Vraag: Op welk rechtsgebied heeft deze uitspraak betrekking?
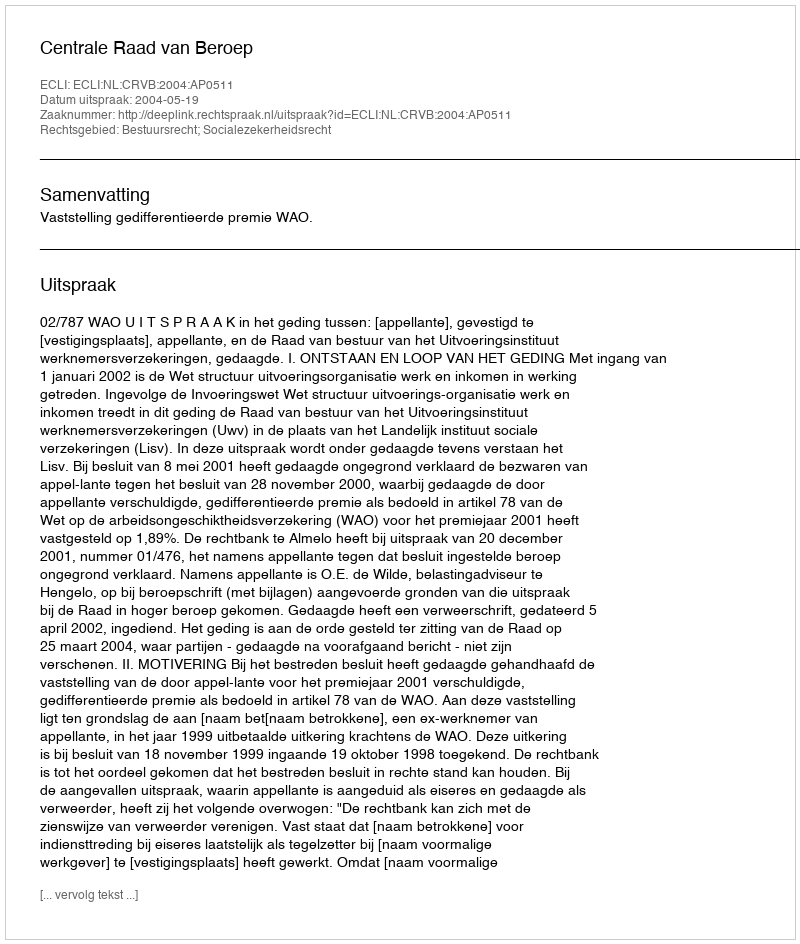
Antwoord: Bestuursrecht; Socialezekerheidsrecht